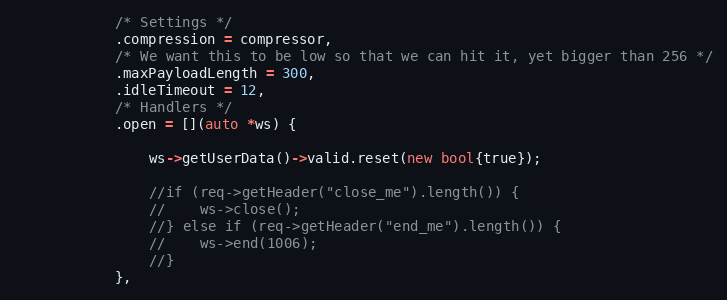
Language: C++
            /* Settings */
            .compression = compressor,
            /* We want this to be low so that we can hit it, yet bigger than 256 */
            .maxPayloadLength = 300,
            .idleTimeout = 12,
            /* Handlers */
            .open = [](auto *ws) {

                ws->getUserData()->valid.reset(new bool{true});

                //if (req->getHeader("close_me").length()) {
                //    ws->close();
                //} else if (req->getHeader("end_me").length()) {
                //    ws->end(1006);
                //}
            },